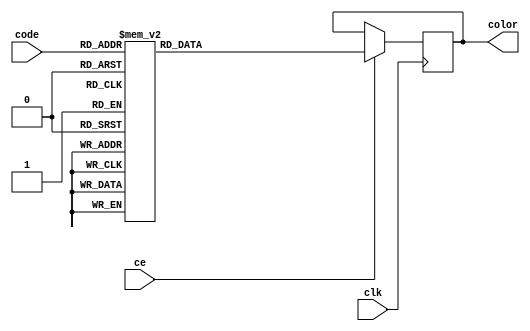
// ============================================================================
//	2006-2011  Robert Finch
//	robfinch@<remove>sympatico.ca
//
//	rtfColorROM.v
//		Color lookup ROM for TextController.
//		Converts a 5-bit color code to a 24 bit RGB value.
//
//
// This source file is free software: you can redistribute it and/or modify 
// it under the terms of the GNU Lesser General Public License as published 
// by the Free Software Foundation, either version 3 of the License, or     
// (at your option) any later version.                                      
//                                                                          
// This source file is distributed in the hope that it will be useful,      
// but WITHOUT ANY WARRANTY; without even the implied warranty of           
// MERCHANTABILITY or FITNESS FOR A PARTICULAR PURPOSE.  See the            
// GNU General Public License for more details.                             
//                                                                          
// You should have received a copy of the GNU General Public License        
// along with this program.  If not, see <http://www.gnu.org/licenses/>.    
//                                                                          
// ============================================================================


// TC64 color codes
`define TC64_BLACK			5'd0
`define TC64_WHITE			5'd1
`define TC64_RED			5'd2
`define TC64_CYAN			5'd3
`define TC64_PURPLE			5'd4
`define TC64_GREEN			5'd5
`define TC64_BLUE			5'd6
`define TC64_YELLOW			5'd7
`define TC64_ORANGE			5'd8
`define TC64_BROWN			5'd9
`define TC64_PINK			5'd10
`define TC64_DARK_GREY		5'd11
`define TC64_MEDIUM_GREY	5'd12
`define TC64_LIGHT_GREEN	5'd13
`define TC64_LIGHT_BLUE		5'd14
`define TC64_LIGHT_GREY		5'd15

`define TC64_BLACKa			5'd16
`define TC64_WHITEa			5'd17
`define TC64_REDa			5'd18
`define TC64_CYANa			5'd19
`define TC64_PURPLEa		5'd20
`define TC64_GREENa			5'd21
`define TC64_BLUEa			5'd22
`define TC64_YELLOWa		5'd23
`define TC64_ORANGEa		5'd24
`define TC64_BROWNa			5'd25
`define TC64_PINKa			5'd26
`define TC64_DARK_GREYa		5'd27
`define TC64_GREY3			5'd28
`define TC64_LIGHT_GREENa	5'd29
`define TC64_LIGHT_BLUEa	5'd30
`define TC64_GREY5			5'd31

module rtfColorROM(clk, ce, code, color);
input clk;
input ce;
input [4:0] code;
output [23:0] color;
reg [23:0] color;

always @(posedge clk)
	if (ce) begin
		case (code)
		`TC64_BLACK:	 	color = 24'h10_10_10;
		`TC64_WHITE:	 	color = 24'hFF_FF_FF;
		`TC64_RED:    		color = 24'hE0_40_40;
		`TC64_CYAN:   		color = 24'h60_FF_FF;
		`TC64_PURPLE: 		color = 24'hE0_60_E0;
		`TC64_GREEN:	 	color = 24'h40_E0_40;
		`TC64_BLUE:   		color = 24'h40_40_E0;
		`TC64_YELLOW: 		color = 24'hFF_FF_40;
		`TC64_ORANGE: 		color = 24'hE0_A0_40;
		`TC64_BROWN:  		color = 24'h9C_74_48;
		`TC64_PINK:   		color = 24'hFF_A0_A0;
		`TC64_DARK_GREY:   	color = 24'h54_54_54;
		`TC64_MEDIUM_GREY: 	color = 24'h88_88_88;
		`TC64_LIGHT_GREEN: 	color = 24'hA0_FF_A0;
		`TC64_LIGHT_BLUE:  	color = 24'hA0_A0_FF;
		`TC64_LIGHT_GREY:  	color = 24'hC0_C0_C0;

		`TC64_BLACKa:	 	color = 24'h10_10_10;
		`TC64_WHITEa:	 	color = 24'hFF_FF_FF;
		`TC64_REDa:    		color = 24'hE0_40_40;
		`TC64_CYANa:   		color = 24'h60_FF_FF;
		`TC64_PURPLEa: 		color = 24'hE0_60_E0;
		`TC64_GREENa:	 	color = 24'h40_E0_40;
		`TC64_BLUEa:   		color = 24'h40_40_E0;
		`TC64_YELLOWa: 		color = 24'hFF_FF_40;
		`TC64_ORANGEa: 		color = 24'hE0_A0_40;
		`TC64_BROWNa:  		color = 24'h9C_74_48;
		`TC64_PINKa:   		color = 24'hFF_A0_A0;
		`TC64_DARK_GREYa:   color = 24'h54_54_54;
		`TC64_GREY3: 		color = 24'h30_30_30;
		`TC64_LIGHT_GREENa: color = 24'hA0_FF_A0;
		`TC64_LIGHT_BLUEa:  color = 24'hA0_A0_FF;
		`TC64_GREY5:  		color = 24'h50_50_50;

		endcase
	end

endmodule